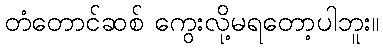
တံတောင်ဆစ် ကွေးလို့မရတော့ပါဘူး။